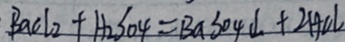
B a C l _ { 2 } + H _ { 2 } S O _ { 4 } = B a S O _ { 4 } \downarrow + 2 H C l